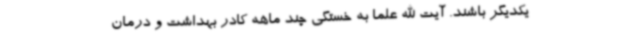
یکدیگر باشند. آیت الله علما به خستگی چند ماهه کادر بهداشت و درمان